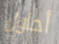
أحاول